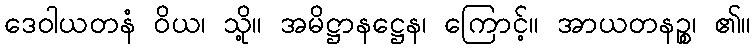
ဒေဝါယတနံ ဝိယ၊ သို့။ အမိဋ္ဌာနဋ္ဌေန၊ ကြောင့်။ အာယတနဉ္စ၊ ၏။